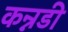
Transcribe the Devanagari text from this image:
कन्नडी